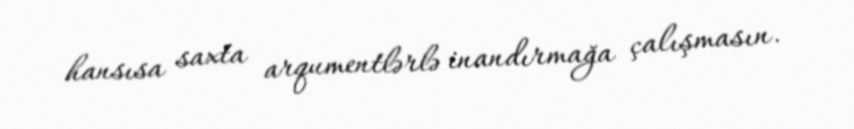
hansısa saxta arqumentlərlə inandırmağa çalışmasın.